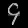
Digit: ၄